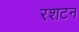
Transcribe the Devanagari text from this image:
रशटन